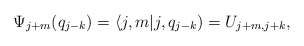
\begin{align*}\Psi_{j+m}(q_{j-k})= \langle j,m | j,q_{j-k} ) = U_{j+m,j+k},\end{align*}